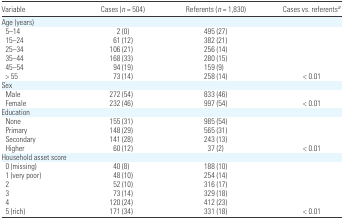
<table><thead><tr><td><b>Variable</b></td><td><b>Cases (<i>n</i> = 504)</b></td><td><b>Referents (<i>n</i> = 1,830)</b></td><td><b>Cases vs. referentsa</b></td></tr></thead><tbody><tr><td colspan="4">Age (years)</td></tr><tr><td> 5–14</td><td>2 (0)</td><td>495 (27)</td><td></td></tr><tr><td> 15–24</td><td>61 (12)</td><td>382 (21)</td><td></td></tr><tr><td> 25–34</td><td>106 (21)</td><td>256 (14)</td><td></td></tr><tr><td> 35–44</td><td>168 (33)</td><td>280 (15)</td><td></td></tr><tr><td> 45–54</td><td>94 (19)</td><td>159 (9)</td><td></td></tr><tr><td> &gt; 55</td><td>73 (14)</td><td>258 (14)</td><td>&lt; 0.01</td></tr><tr><td colspan="4">Sex</td></tr><tr><td> Male</td><td>272 (54)</td><td>833 (46)</td><td></td></tr><tr><td> Female</td><td>232 (46)</td><td>997 (54)</td><td>&lt; 0.01</td></tr><tr><td colspan="4">Education</td></tr><tr><td> None</td><td>155 (31)</td><td>985 (54)</td><td></td></tr><tr><td> Primary</td><td>148 (29)</td><td>565 (31)</td><td></td></tr><tr><td> Secondary</td><td>141 (28)</td><td>243 (13)</td><td></td></tr><tr><td> Higher</td><td>60 (12)</td><td>37 (2)</td><td>&lt; 0.01</td></tr><tr><td colspan="4">Household asset score</td></tr><tr><td> 0 (missing)</td><td>40 (8)</td><td>188 (10)</td><td></td></tr><tr><td> 1 (very poor)</td><td>48 (10)</td><td>254 (14)</td><td></td></tr><tr><td> 2</td><td>52 (10)</td><td>316 (17)</td><td></td></tr><tr><td> 3</td><td>73 (14)</td><td>329 (18)</td><td></td></tr><tr><td> 4</td><td>120 (24)</td><td>412 (23)</td><td></td></tr><tr><td> 5 (rich)</td><td>171 (34)</td><td>331 (18)</td><td>&lt; 0.01</td></tr></tbody></table>